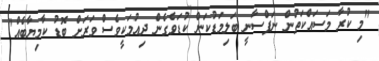
"މި ކުރާ މަސައްކަތުން ނަފްސާނީ ބަލިމަޑުކަން ކުޑަވެގެން ދިއުމަކީވެސް ވަރަށް ބޮޑު ކާމިޔާބެއް"